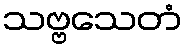
သဗ္ဗသေတံ